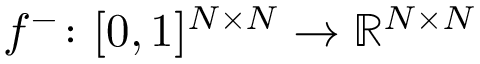
f ^ { - } \colon [ 0 , 1 ] ^ { N \times N } \rightarrow \mathbb { R } ^ { N \times N }